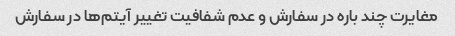
مغایرت چند باره در سفارش و عدم شفافیت تغییر آیتم‌ها در سفارش